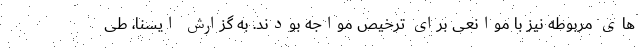
های مربوطه نیز با موانعی برای ترخیص مواجه بودند. به گزارش ایسنا، طی